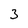
Character: 3